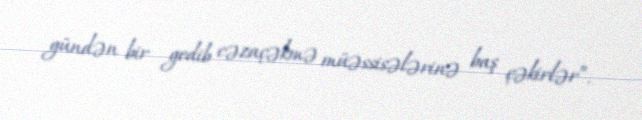
gündən bir gedib cəzaçəkmə müəssisələrinə baş çəkirlər”.